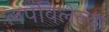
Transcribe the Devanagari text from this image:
लपविलेल्या